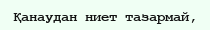
Қанаудан ниет тазармай,